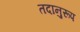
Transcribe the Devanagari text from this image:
तदानुरूप